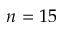
n = 1 5